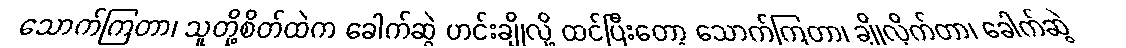
သောက်ကြတာ၊ သူတို့စိတ်ထဲက ခေါက်ဆွဲ ဟင်းချိုလို့ ထင်ပြီးတော့ သောက်ကြတာ၊ ချိုလိုက်တာ၊ ခေါက်ဆွဲ